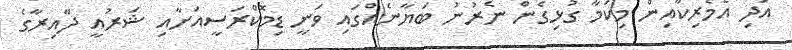
އަދި އެމެރިކާއިން މިކަމާ ގުޅިގެން ނެރުނު ބަޔާނެއްގައި ވަނީ ޑިމޮކްރަސީއަށާއި ޝަރުއީ ދާއިރާގެ